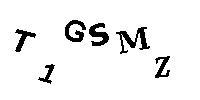
T1GSMZ